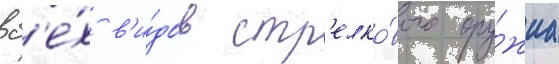
вс'е́х в'и́дов стр'елко́вого ору́жиа